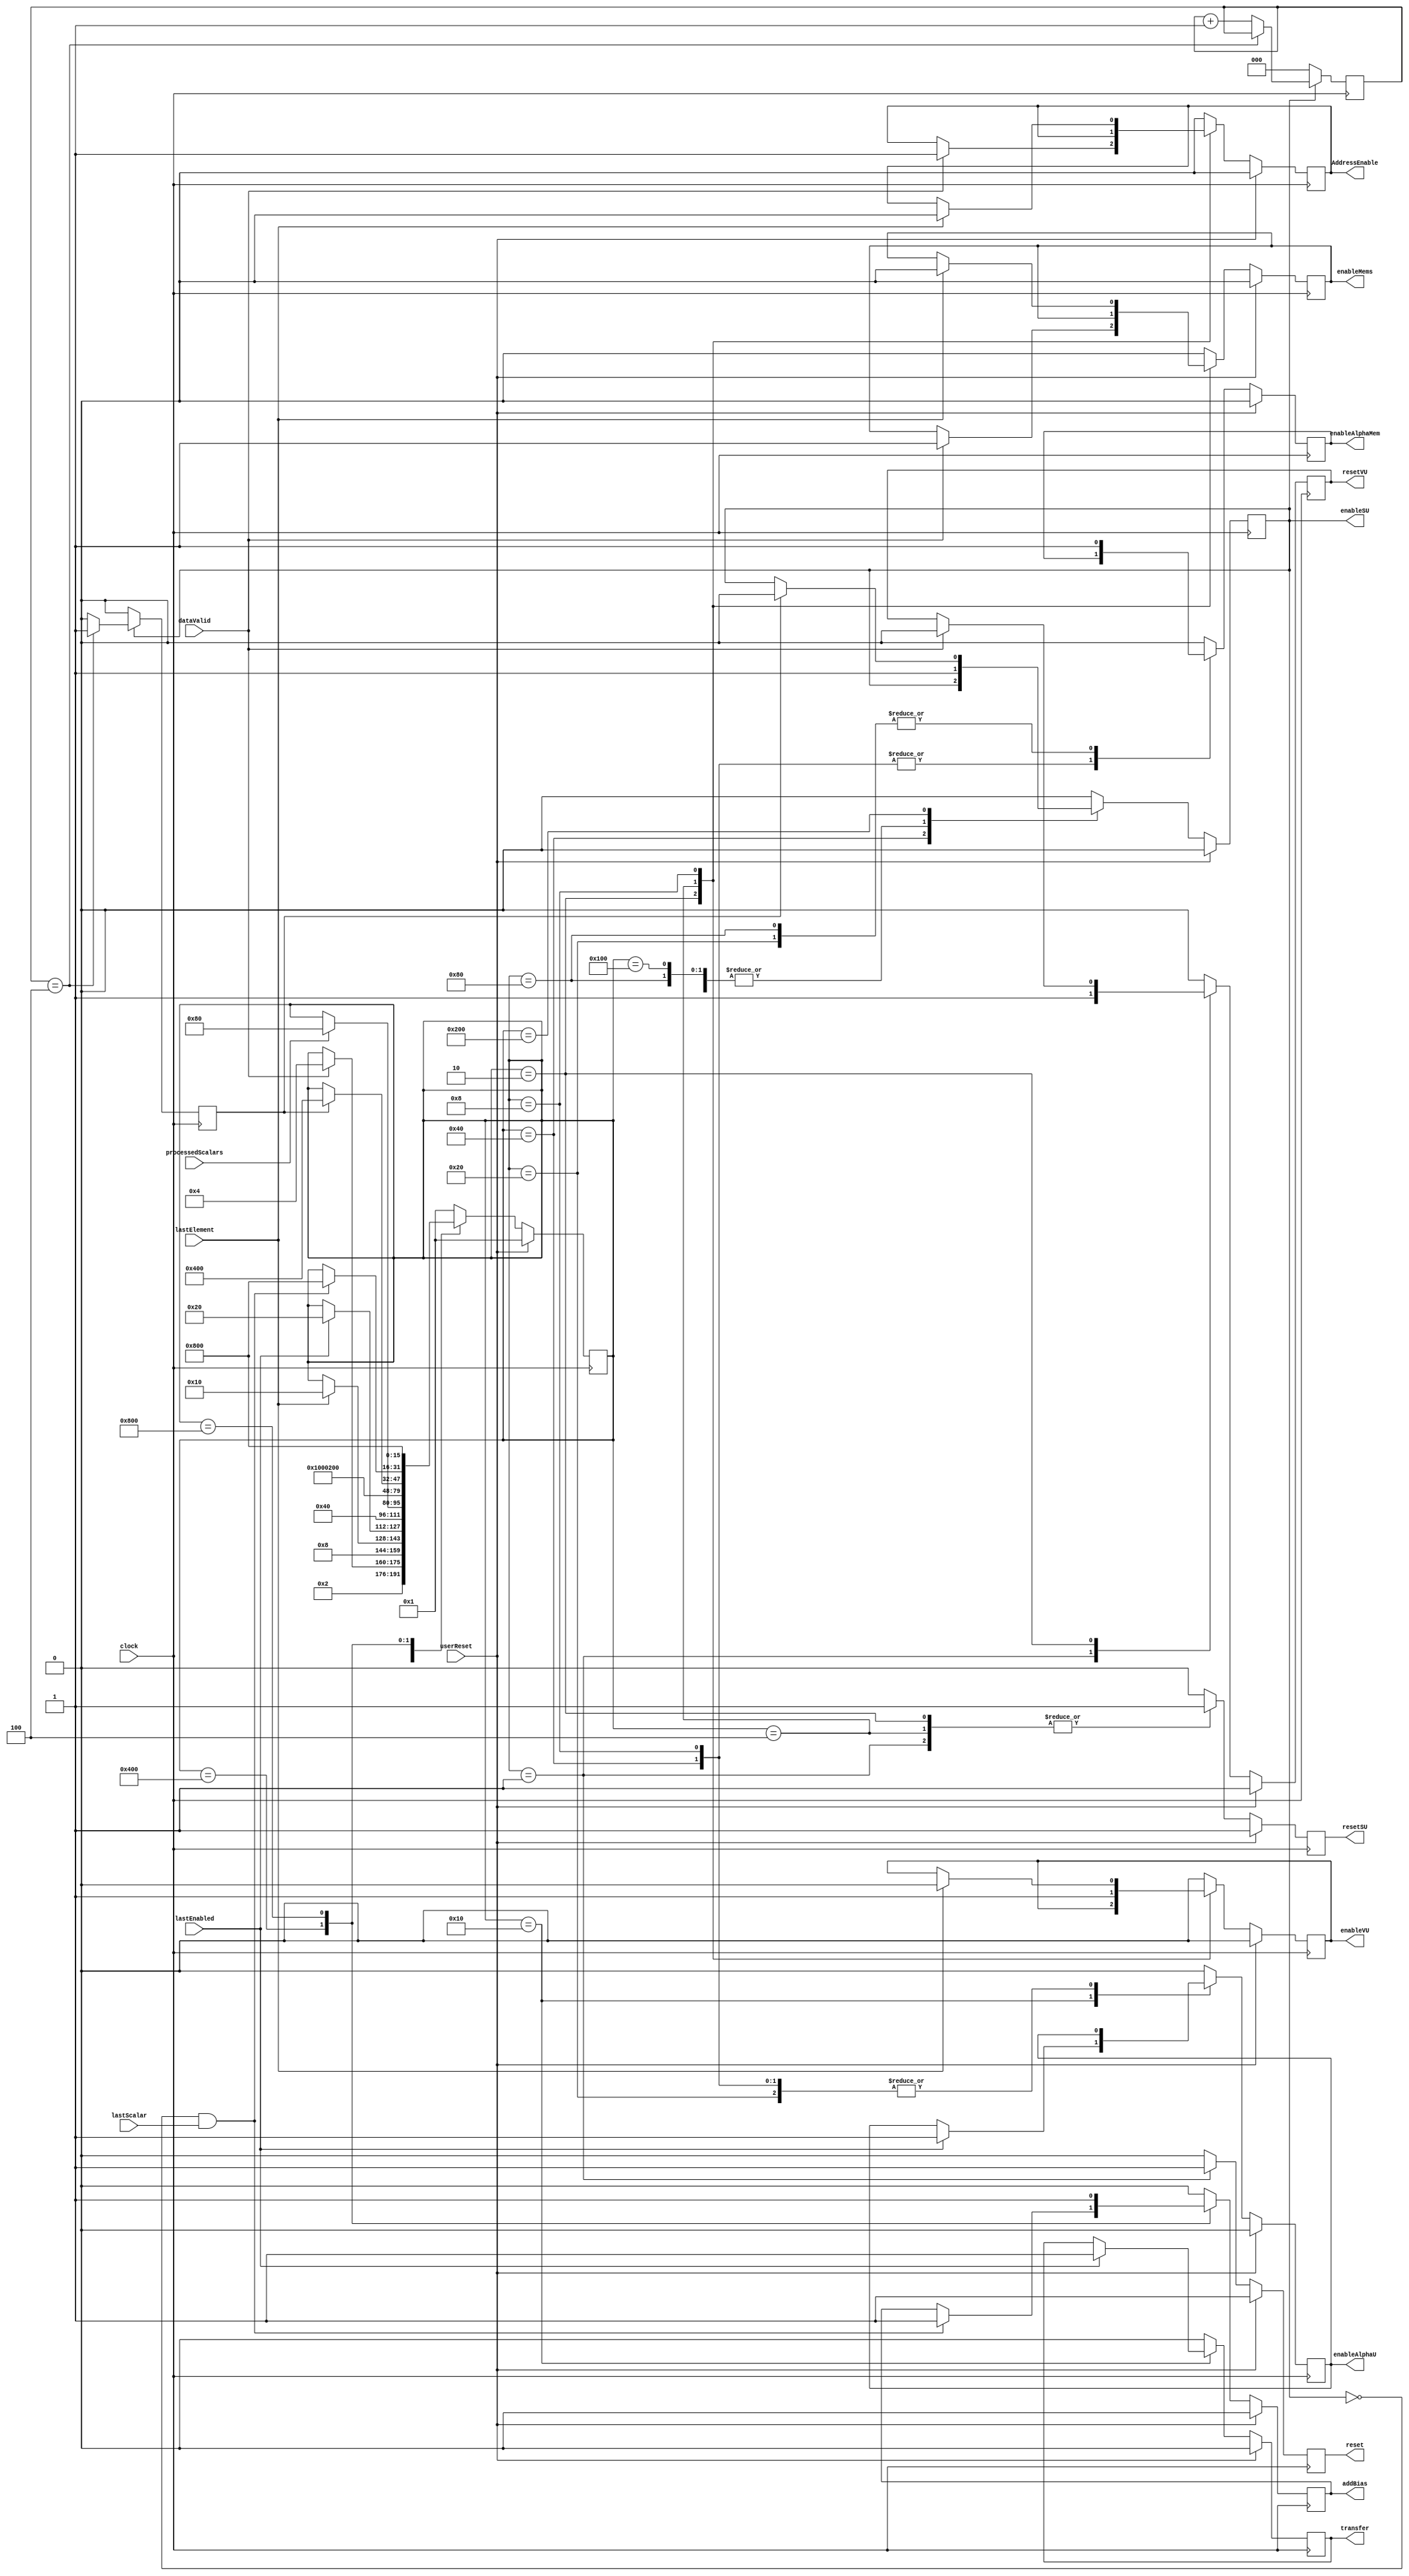
`timescale 1ns / 1ps
//////////////////////////////////////////////////////////////////////////////////
// Company: 
// Engineer: 
// 
// Design Name: 
// Module Name:    controller 
// Project Name: 
// Target Devices: 
// Tool versions: 
// Description: 
//
// Dependencies: 
//
// Revision: 
// Revision 0.01 - File Created
// Additional Comments: 
//
//////////////////////////////////////////////////////////////////////////////////
module ControllerUnitSVM(clock,userReset,dataValid,lastElement,lastEnabled,enableAlphaU,
enableAlphaMem,lastScalar,processedScalars,reset,resetVU,resetSU,enableVU,enableSU,transfer,enableMems,
AddressEnable,addBias);

function integer log2;
  input integer value;
  begin
    value = value-1;
    for (log2=0; value>0; log2=log2+1)
      value = value>>1;
  end
endfunction

parameter statesBitwidth=16;

parameter maxColumn=4;
parameter counterBitwidth=7;

	parameter S0  = 16'b0000000000000001; //1
   parameter S1  = 16'b0000000000000010; //2
   parameter S2  = 16'b0000000000000100; //4
   parameter S3  = 16'b0000000000001000; //8
   parameter S4  = 16'b0000000000010000; //16
   parameter S5  = 16'b0000000000100000; //32
   parameter S6  = 16'b0000000001000000; //64
   parameter S7  = 16'b0000000010000000; //128
   parameter S8  = 16'b0000000100000000; //256
   parameter S9  = 16'b0000001000000000; //512
   parameter S10 = 16'b0000010000000000; //1024
   parameter S11 = 16'b0000100000000000; //2048
   parameter S12 = 16'b0001000000000000; //4096
   parameter S13 = 16'b0010000000000000; //8192
   parameter S14 = 16'b0100000000000000; //16384
   parameter S15 = 16'b1000000000000000; //32768



input clock;
input userReset;
input dataValid;

//Transfer after the final VU has finished
//MUX results until first VU has transfered

input lastElement;
input lastEnabled;
input processedScalars;
input lastScalar;

output reg enableAlphaU;
output reg enableAlphaMem;
output reg reset;
output reg resetVU;
output reg resetSU;
output reg enableVU;
output reg enableSU;
output reg transfer;
output reg enableMems;
output reg AddressEnable;
output reg addBias;

reg[statesBitwidth-1:0] state=S0;

reg[log2(maxColumn):0] counter=0;

reg stopSU = 0;

always@(posedge clock)begin
	
	if(enableSU)begin
		//if(counter == maxColumn-2)begin // For Demo on Virtex 5
		if(counter == maxColumn)begin
			counter <= counter;
			stopSU <= 1;
		end
		else begin
			stopSU <= 0;
			counter <= counter + 1;
		end
		
	end
	else begin
	
		counter <= 0;
		stopSU <= 0;
	
	end
	
end



always@(posedge clock)begin

		if(userReset == 1)begin
			state <= S0;
			reset <= 1;
			resetSU <= 1;
			resetVU <= 1;
			enableVU <= 0;
			enableSU <= 0;
			transfer <= 0;
			enableMems <= 0;
			AddressEnable <= 0;
			enableAlphaU <= 0;
			enableAlphaMem <= 0;
			addBias <= 0;

		end		
		else begin
		
			case(state)

				//Reset State
				S0:begin  ///1
					state <= S1;
					reset <= 1;
					resetSU <= 1;
					resetVU <= 1;
					enableVU <= 0;
					enableSU <= 0;
					transfer <= 0;
					enableMems <= 0;
					AddressEnable <= 0;
					enableAlphaU <= 0;
					enableAlphaMem <= 0;
					addBias <= 0;
				end
				
				//Enable Address
				S1:begin  ///2
					if(dataValid)begin
						resetVU <= 0;
						state <= S2;	
						enableMems <= 1;
						AddressEnable <= 1;
					end
					reset <= 0;
					resetSU <= 1;
					//enableVU <= 0;
					enableSU <= 0;
					transfer <= 0;
					enableAlphaU <= 0;
					enableAlphaMem <= 0;
					addBias <= 0;
				end
				
				// Enable VUs
				S2:begin  ///4
					state <= S3;
					reset <= 0;
					resetVU <= 0;
					resetSU <= 1;
					enableSU <= 0;
					transfer <= 0;
					enableVU <= 1;
					enableAlphaU <= 0;
					enableAlphaMem <= 0;
					addBias <= 0;
				end
				
				
				S3:begin  ///8				
					reset <= 0;
					resetVU <= 0;
					resetSU <= 0;
					enableSU <= 0;
					//enableAlphaU <= 0;
					transfer <= 0;
					addBias <= 0;
					if(lastElement)begin
						state <= S4;
						enableMems <= 0;
						AddressEnable <= 0;
						enableVU <= 0;
						//enableAlphaU <= 1;
						//enableAlphaMem <= 1;
					end
					//else begin
						//state = S3;		
						//AddressEnable = 1;		
					//end
				end
						
				// Disable VUs
				S4:begin  ///16
					if(lastEnabled)begin  // If enable is zero
						state <= S5;
						transfer <= 1;
						enableAlphaU <= 1;
					end
					enableAlphaMem <= 0;
					reset <= 0;
					resetVU <= 0;
					resetSU <= 0;
					enableVU <= 0;
					enableSU <= 0;
					enableMems <= 0;
					addBias <= 0;
					AddressEnable <= 0;
				end	

				//Start transfer of Scalars and enable Alpha Unit in first round				
				
				S5:begin  ///32
					reset <= 0;
					transfer <= 0;
					enableAlphaMem <= 1;
					resetVU <= 0;
					resetSU <= 0;
					enableVU <= 0;
					enableSU <= 1; ///5:20 8/7
					enableMems <= 0;
					AddressEnable <= 0;
					addBias <= 0;
					state <= S6;
					
				end
									
				S6:begin  ///64
					reset <= 0;
					resetVU <= 0;
					resetSU <= 0;
					enableVU <= 0;		
					transfer <= 0;
					enableMems <= 0;
					AddressEnable <= 0;		
					addBias <= 0;
					if(processedScalars)begin
						state <= S7;	
					end
				end
				
				S7:begin  ///128
					state <= S8;
					enableSU <= 1;
					reset <= 0;
					resetVU <= 0;
					resetSU <= 0;
					enableVU <= 0;
					enableAlphaU <= 0;
					enableAlphaMem <= 1;
					transfer <= 0;
					enableMems <= 0;
					AddressEnable <= 0;
					addBias <= 0;
				end
				
				S8:begin  ///256
					state <= S9;
					enableSU <= 1;
					reset <= 0;
					resetVU <= 0;
					resetSU <= 0;
					enableVU <= 0;
					enableAlphaU <= 0;
					enableAlphaMem <= 0;
					transfer <= 0;
					enableMems <= 0;
					AddressEnable <= 0;
					addBias <= 0;
				end
				
				// Disable Scalar Units
				S9:begin  ///512
					if(stopSU)begin
						enableSU <= 0;	
						state <= S10;
					end
					reset <= 0;
					resetVU <= 0;
					resetSU <= 0;
					enableVU <= 0;
					enableAlphaU <= 0;
					enableAlphaMem <= 0;
					transfer <= 0;
					enableMems <= 0;
					AddressEnable <= 0;
					addBias <= 0;
				end
				
				S10:begin  ///1024
					if((enableSU == 0) && (lastScalar == 1))begin
						state <= S11;
						addBias <= 1;
					end
					enableSU <= 0;
					reset <= 0;
					resetVU <= 0;
					resetSU <= 0;
					enableVU <= 0;
					enableAlphaU <= 0;
					enableAlphaMem <= 0;
					transfer <= 0;
					enableMems <= 0;
					AddressEnable <= 0;
				end

				S11:begin  ///2048 wait for reset
					state <= S11;
					addBias <= 1;
					reset <= 0;
					resetVU <= 0;
					resetSU <= 0;
					enableVU <= 0;
					enableSU <= 0;
					transfer <= 0;
					enableAlphaU <= 0;
					enableAlphaMem <= 0;
					enableMems <= 0;
					AddressEnable <= 0;
				end
				
				//Default State
				default:begin
					state <= S0;
					addBias <= 0;
					reset <= 0;
					resetVU <= 0;
					resetSU <= 0;
					enableVU <= 0;
					enableSU <= 0;
					transfer <= 0;
					enableAlphaU <= 0;
					enableAlphaMem <= 0;
					enableMems <= 0;
					AddressEnable <= 0;
				end
	
			endcase
	end
end

endmodule